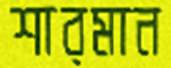
শারমান